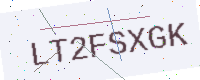
Text: LT2FSXGK